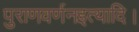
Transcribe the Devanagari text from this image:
पुराणवर्णनइत्यादि।